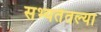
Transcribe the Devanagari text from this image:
सभ्यतेतल्या